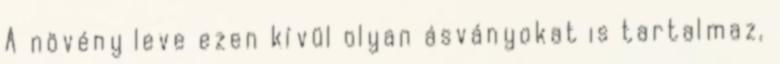
A növény leve ezen kívül olyan ásványokat is tartalmaz,